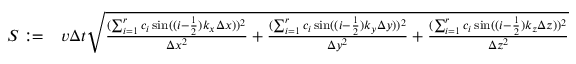
\begin{array} { r l } { S : = } & { v \Delta t \sqrt { \frac { ( \sum _ { i = 1 } ^ { r } c _ { i } \sin ( ( i - \frac { 1 } { 2 } ) k _ { x } \Delta x ) ) ^ { 2 } } { \Delta x ^ { 2 } } + \frac { ( \sum _ { i = 1 } ^ { r } c _ { i } \sin ( ( i - \frac { 1 } { 2 } ) k _ { y } \Delta y ) ) ^ { 2 } } { \Delta y ^ { 2 } } + \frac { ( \sum _ { i = 1 } ^ { r } c _ { i } \sin ( ( i - \frac { 1 } { 2 } ) k _ { z } \Delta z ) ) ^ { 2 } } { \Delta z ^ { 2 } } } } \end{array}